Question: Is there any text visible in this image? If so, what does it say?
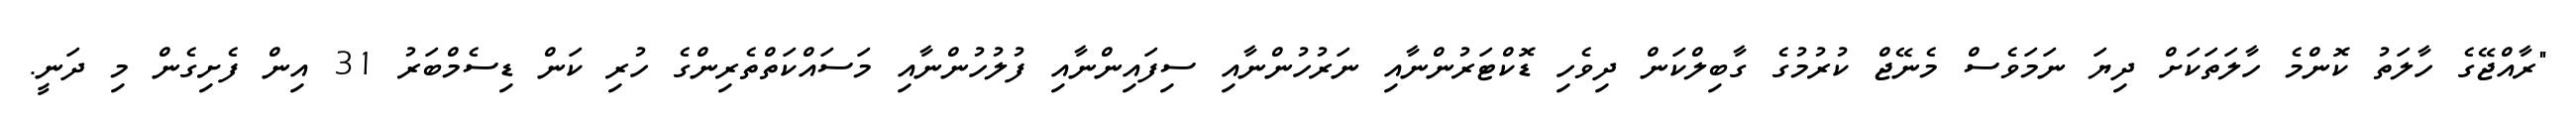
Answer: "ރާއްޖޭގެ ހާލަތު ކޮންމެ ހާލަތަކަށް ދިޔަ ނަމަވެސް މެނޭޖް ކުރުމުގެ ގާބިލްކަން ދިވެހި ޑޮކްޓަރުންނާއި ނަރުހުންނާއި ސިފައިންނާއި ފުލުހުންނާއި މަސައްކަތްތެރިންގެ ހުރި ކަން ޑިސެމްބަރު 31 އިން ފެށިގެން މި ދަނީ.